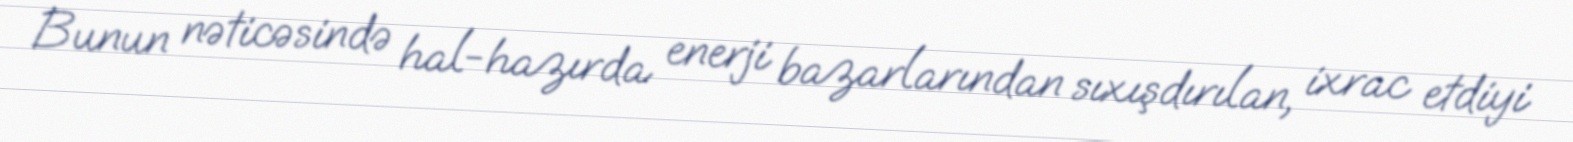
Bunun nəticəsində hal-hazırda enerji bazarlarından sıxışdırılan, ixrac etdiyi